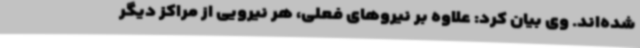
شده‌اند. وی بیان کرد: علاوه بر نیروهای فعلی، هر نیرویی از مراکز دیگر